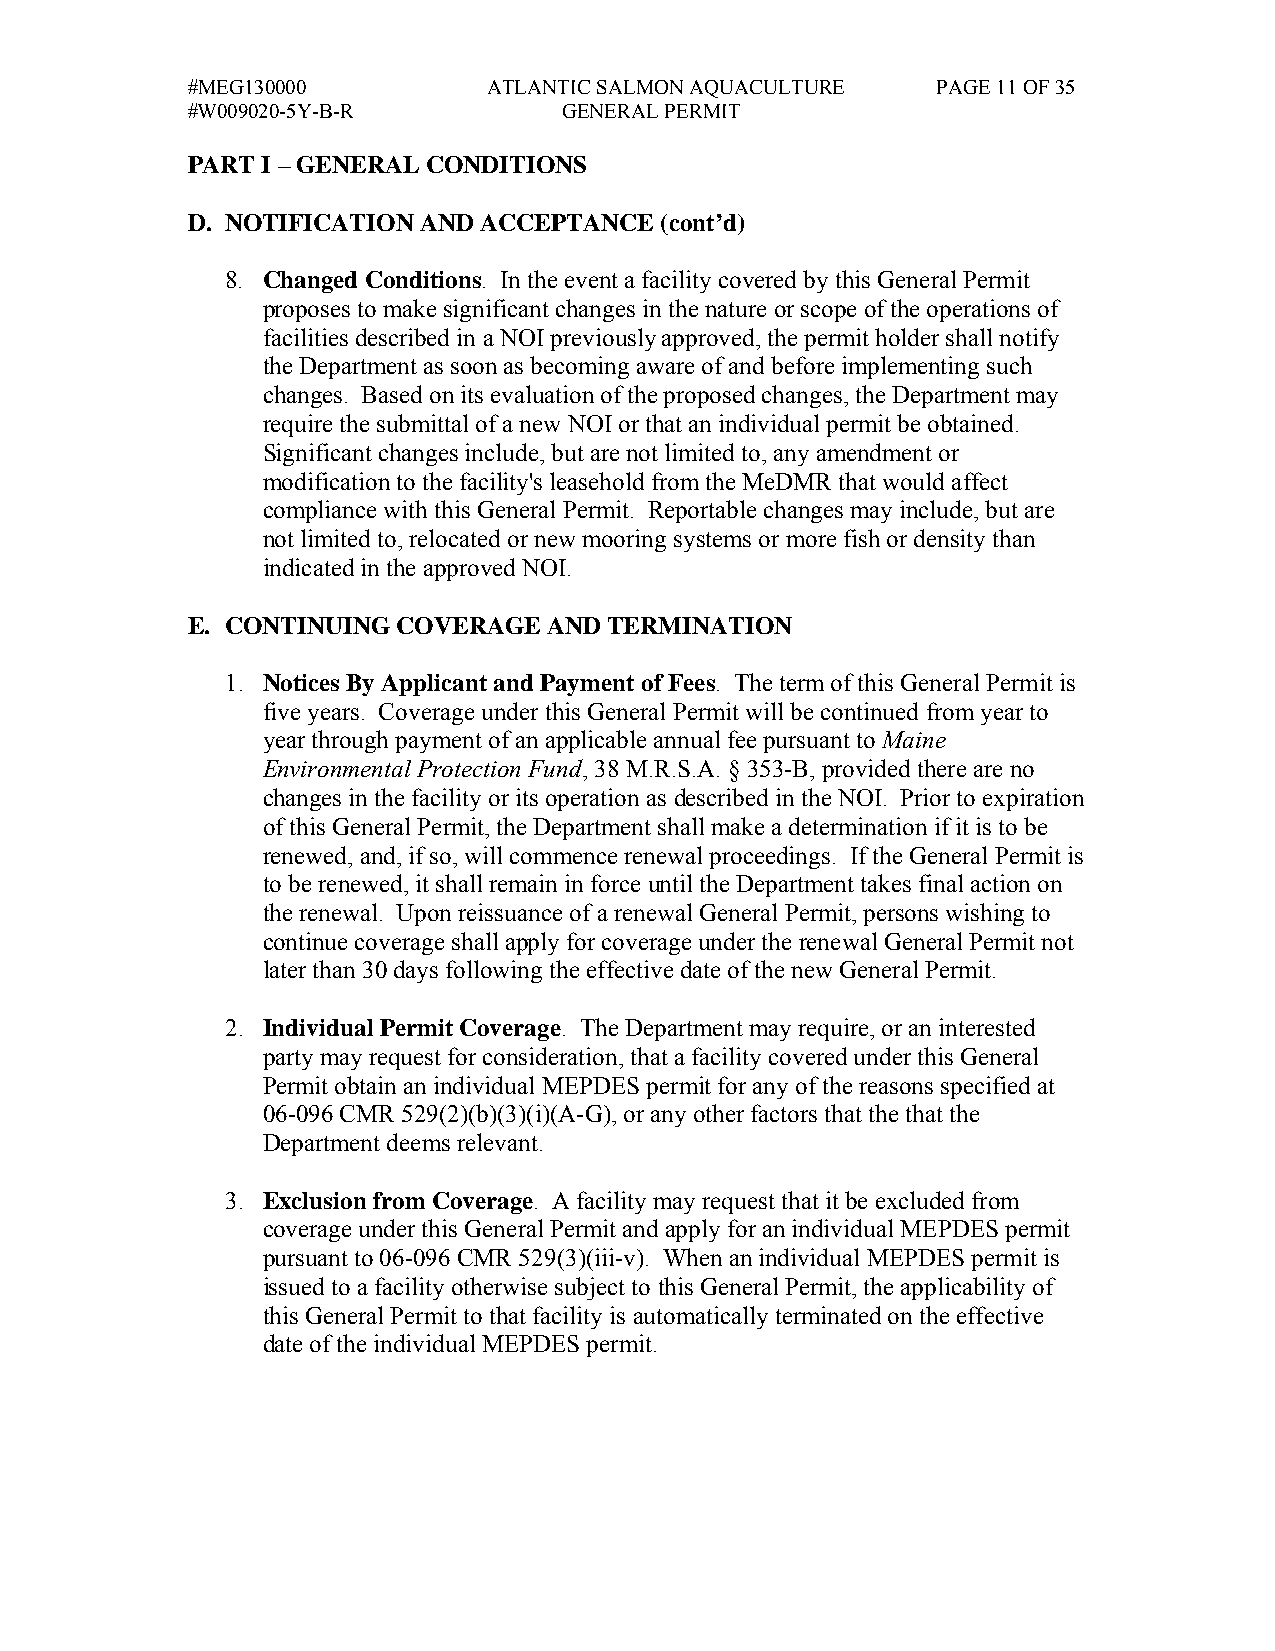
#MEG130000          ATLANTIC SALMON AQUACULTURE   PAGE 11 OF 35
 #W009020-5Y-B-R          GENERAL PERMIT
 PART I – GENERAL CONDITIONS
 D. NOTIFICATION AND ACCEPTANCE  (cont’d)
 8. Changed Conditions. In the event a facility covered by this General Permit
 proposes to make significant changes in the nature or scope of the operations of
 facilities described in a NOI previously approved, the permit holder shall notify
 the Department as soon as becoming aware of and before implementing such
 changes. Based on its evaluation of the proposed changes, the Department may
 require the submittal of a new NOI or that an individual permit be obtained.
 Significant changes include, but are not limited to, any amendment or
 modification to the facility's leasehold from the MeDMR that would affect
 compliance with this General Permit. Reportable changes may include, but are
 not limited to, relocated or new mooring systems or more fish or density than
 indicated in the approved NOI.
 E. CONTINUING COVERAGE  AND TERMINATION
 1. Notices By Applicant and Payment of Fees. The term of this General Permit is
 five years. Coverage under this General Permit will be continued from year to
 year through payment of an applicable annual fee pursuant to Maine
 Environmental Protection Fund, 38 M.R.S.A. § 353-B, provided there are no
 changes in the facility or its operation as described in the NOI. Prior to expiration
 of this General Permit, the Department shall make a determination if it is to be
 renewed, and, if so, will commence renewal proceedings. If the General Permit is
 to be renewed, it shall remain in force until the Department takes final action on
 the renewal. Upon reissuance of a renewal General Permit, persons wishing to
 continue coverage shall apply for coverage under the renewal General Permit not
 later than 30 days following the effective date of the new General Permit.
 2. Individual Permit Coverage. The Department may require, or an interested
 party may request for consideration, that a facility covered under this General
 Permit obtain an individual MEPDES permit for any of the reasons specified at
 06-096 CMR 529(2)(b)(3)(i)(A-G), or any other factors that the that the
 Department deems relevant.
 3. Exclusion from Coverage. A facility may request that it be excluded from
 coverage under this General Permit and apply for an individual MEPDES permit
 pursuant to 06-096 CMR 529(3)(iii-v). When an individual MEPDES permit is
 issued to a facility otherwise subject to this General Permit, the applicability of
 this General Permit to that facility is automatically terminated on the effective
 date of the individual MEPDES permit.